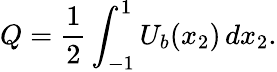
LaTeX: Q=\frac{1}{2}\int_{-1}^{1}U_{b}(x_{2})\, dx_{2}.